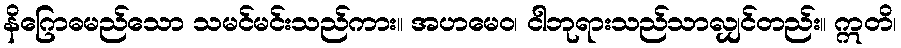
နိဂြောဓမည်သော သမင်မင်းသည်ကား။ အဟမေဝ၊ ငါဘုရားသည်သာလျှင်တည်း။ ဣတိ၊